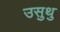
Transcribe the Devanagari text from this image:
उसुथु